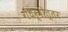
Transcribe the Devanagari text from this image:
गंधर्वोत्तर